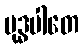
မုဒ္ဓပါတေ